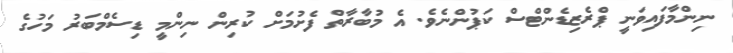
ނިންމާފައިވަނީ ޕްރެޒިޑެންޓްސް ކަޕުންނެވެ. އެ މުބާރާތް ފެށުމަށް ކުރިން ނިންމީ ޑިސެމްބަރު މަހުގެ